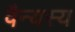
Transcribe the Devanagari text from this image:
वैन्यस्य